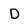
Character: D